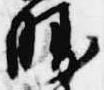
勝